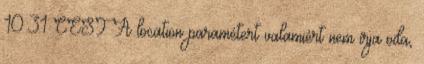
10:31 CEST A location paramétert valamiért nem írja oda,